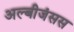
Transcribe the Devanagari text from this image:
अल्बीजंसस